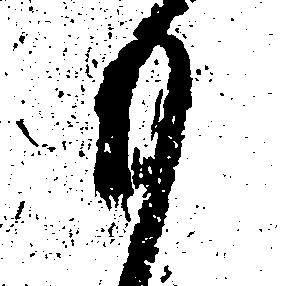
も